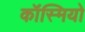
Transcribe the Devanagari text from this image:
कॉस्मियो